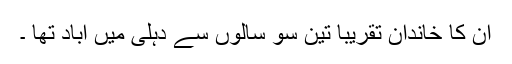
ان کا خاندان تقریباً تین سو سالوں سے دہلی میں آباد تھا ۔